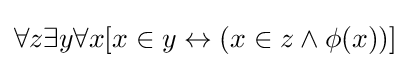
\forall z\exists y\forall x[x\in y\leftrightarrow (x\in z\land \phi (x))]